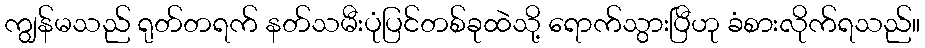
ကျွန်မသည် ရုတ်တရက် နတ်သမီးပုံပြင်တစ်ခုထဲသို့ ရောက်သွားပြီဟု ခံစားလိုက်ရသည်။